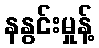
နနွင်းမှုန့်